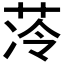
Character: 𮶣